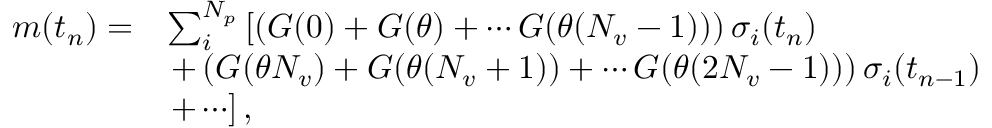
\begin{array} { r l } { m ( t _ { n } ) = } & { \sum _ { i } ^ { N _ { p } } \left[ \left( G ( 0 ) + G ( \theta ) + \cdots G ( \theta ( N _ { v } - 1 ) ) \right) \sigma _ { i } ( t _ { n } ) \right. } \\ & { \left. + \left( G ( \theta N _ { v } ) + G ( \theta ( N _ { v } + 1 ) ) + \cdots G ( \theta ( 2 N _ { v } - 1 ) ) \right) \sigma _ { i } ( t _ { n - 1 } ) \right. } \\ & { \left. + \cdots \right] , } \end{array}